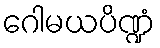
ဂေါမယပိဏ္ဍံ